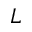
L